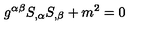
g ^ { \alpha \beta } S _ { , \alpha } S _ { , \beta } + m ^ { 2 } = 0